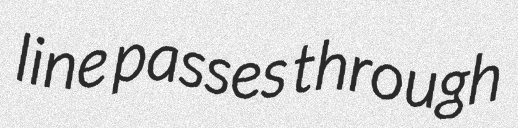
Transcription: line passes through